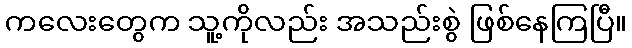
ကလေးတွေက သူ့ကိုလည်း အသည်းစွဲ ဖြစ်နေကြပြီ။